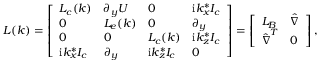
\boldsymbol { L } ( \boldsymbol { k } ) = \left[ \begin{array} { l l l l } { \boldsymbol { L _ { c } } ( \boldsymbol { k } ) } & { \boldsymbol { \partial _ { y } U } } & { \boldsymbol { 0 } } & { \mathrm { i } k _ { x } ^ { * } \boldsymbol { I _ { c } } } \\ { \boldsymbol { 0 } } & { \boldsymbol { L _ { e } } ( \boldsymbol { k } ) } & { \boldsymbol { 0 } } & { \boldsymbol { \partial _ { y } } } \\ { \boldsymbol { 0 } } & { \boldsymbol { 0 } } & { \boldsymbol { L _ { c } } ( \boldsymbol { k } ) } & { \mathrm { i } k _ { z } ^ { * } \boldsymbol { I _ { c } } } \\ { \mathrm { i } k _ { x } ^ { * } \boldsymbol { I _ { c } } } & { \boldsymbol { \partial _ { y } } } & { \mathrm { i } k _ { z } ^ { * } \boldsymbol { I _ { c } } } & { \boldsymbol { 0 } } \end{array} \right] = \left[ \begin{array} { l l } { \boldsymbol { L _ { B } } } & { \boldsymbol { \hat { \nabla } } } \\ { \boldsymbol { \hat { \nabla } } ^ { T } } & { \boldsymbol { 0 } } \end{array} \right] ,